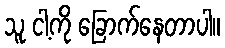
သူ ငါ့ကို ခြောက်နေတာပါ။